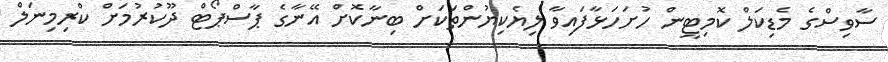
ސާވިސްގެ މެޑިކަލް ކޮމިޓީން ހުށަހަޅާފައިވާ ލިޔެކިޔުންތަކަށް ބިނާކޮށް އޭނާގެ ޕާސްޕޯޓް ދޫކުރުމަށް ކްރިމިނަލް